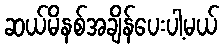
ဆယ်မိနစ်အချိန်ပေးပါ့မယ်